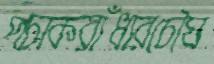
পচাকরাঁধারচৌঘ